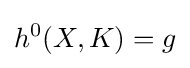
h^{0}(X,K)=g